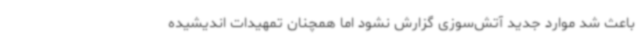
باعث شد موارد جدید آتش‌سوزی گزارش نشود اما همچنان تمهیدات اندیشیده